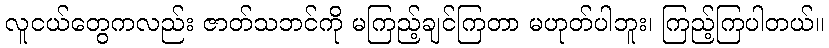
လူငယ်တွေကလည်း ဇာတ်သဘင်ကို မကြည့်ချင်ကြတာ မဟုတ်ပါဘူး၊ ကြည့်ကြပါတယ်။